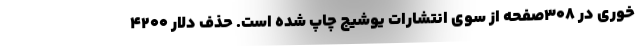
خوری در ۳۰۸صفحه از سوی انتشارات یوشیج چاپ شده است. حذف دلار ۴۲۰۰